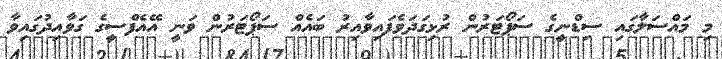
މި މައްސަލާގައި ސިޑްނީގެ ސަޕޯޓަރުން ރުޅިގަދަވެފައިވާއިރު ބައެއް ސަޕޯޓަރުން ވަނީ އޭއެފްސީގެ ގަވާއިދުގައިވާ